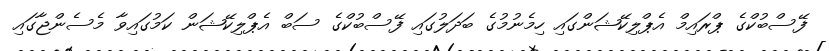
ފޭސްބުކްގެ ޕްރައިމް އެޕްލިކޭޝަންގައި ހިމެނުމުގެ ބަދަލުގައި ފޭސްބުކްގެ ސަބް އެޕްލިކޭޝަން ކަމުގައިވާ މެސެންޖާގައި